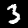
Label: 3